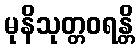
မုနိသုတ္တဝရန္တိ